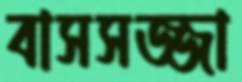
বাসসজ্জা